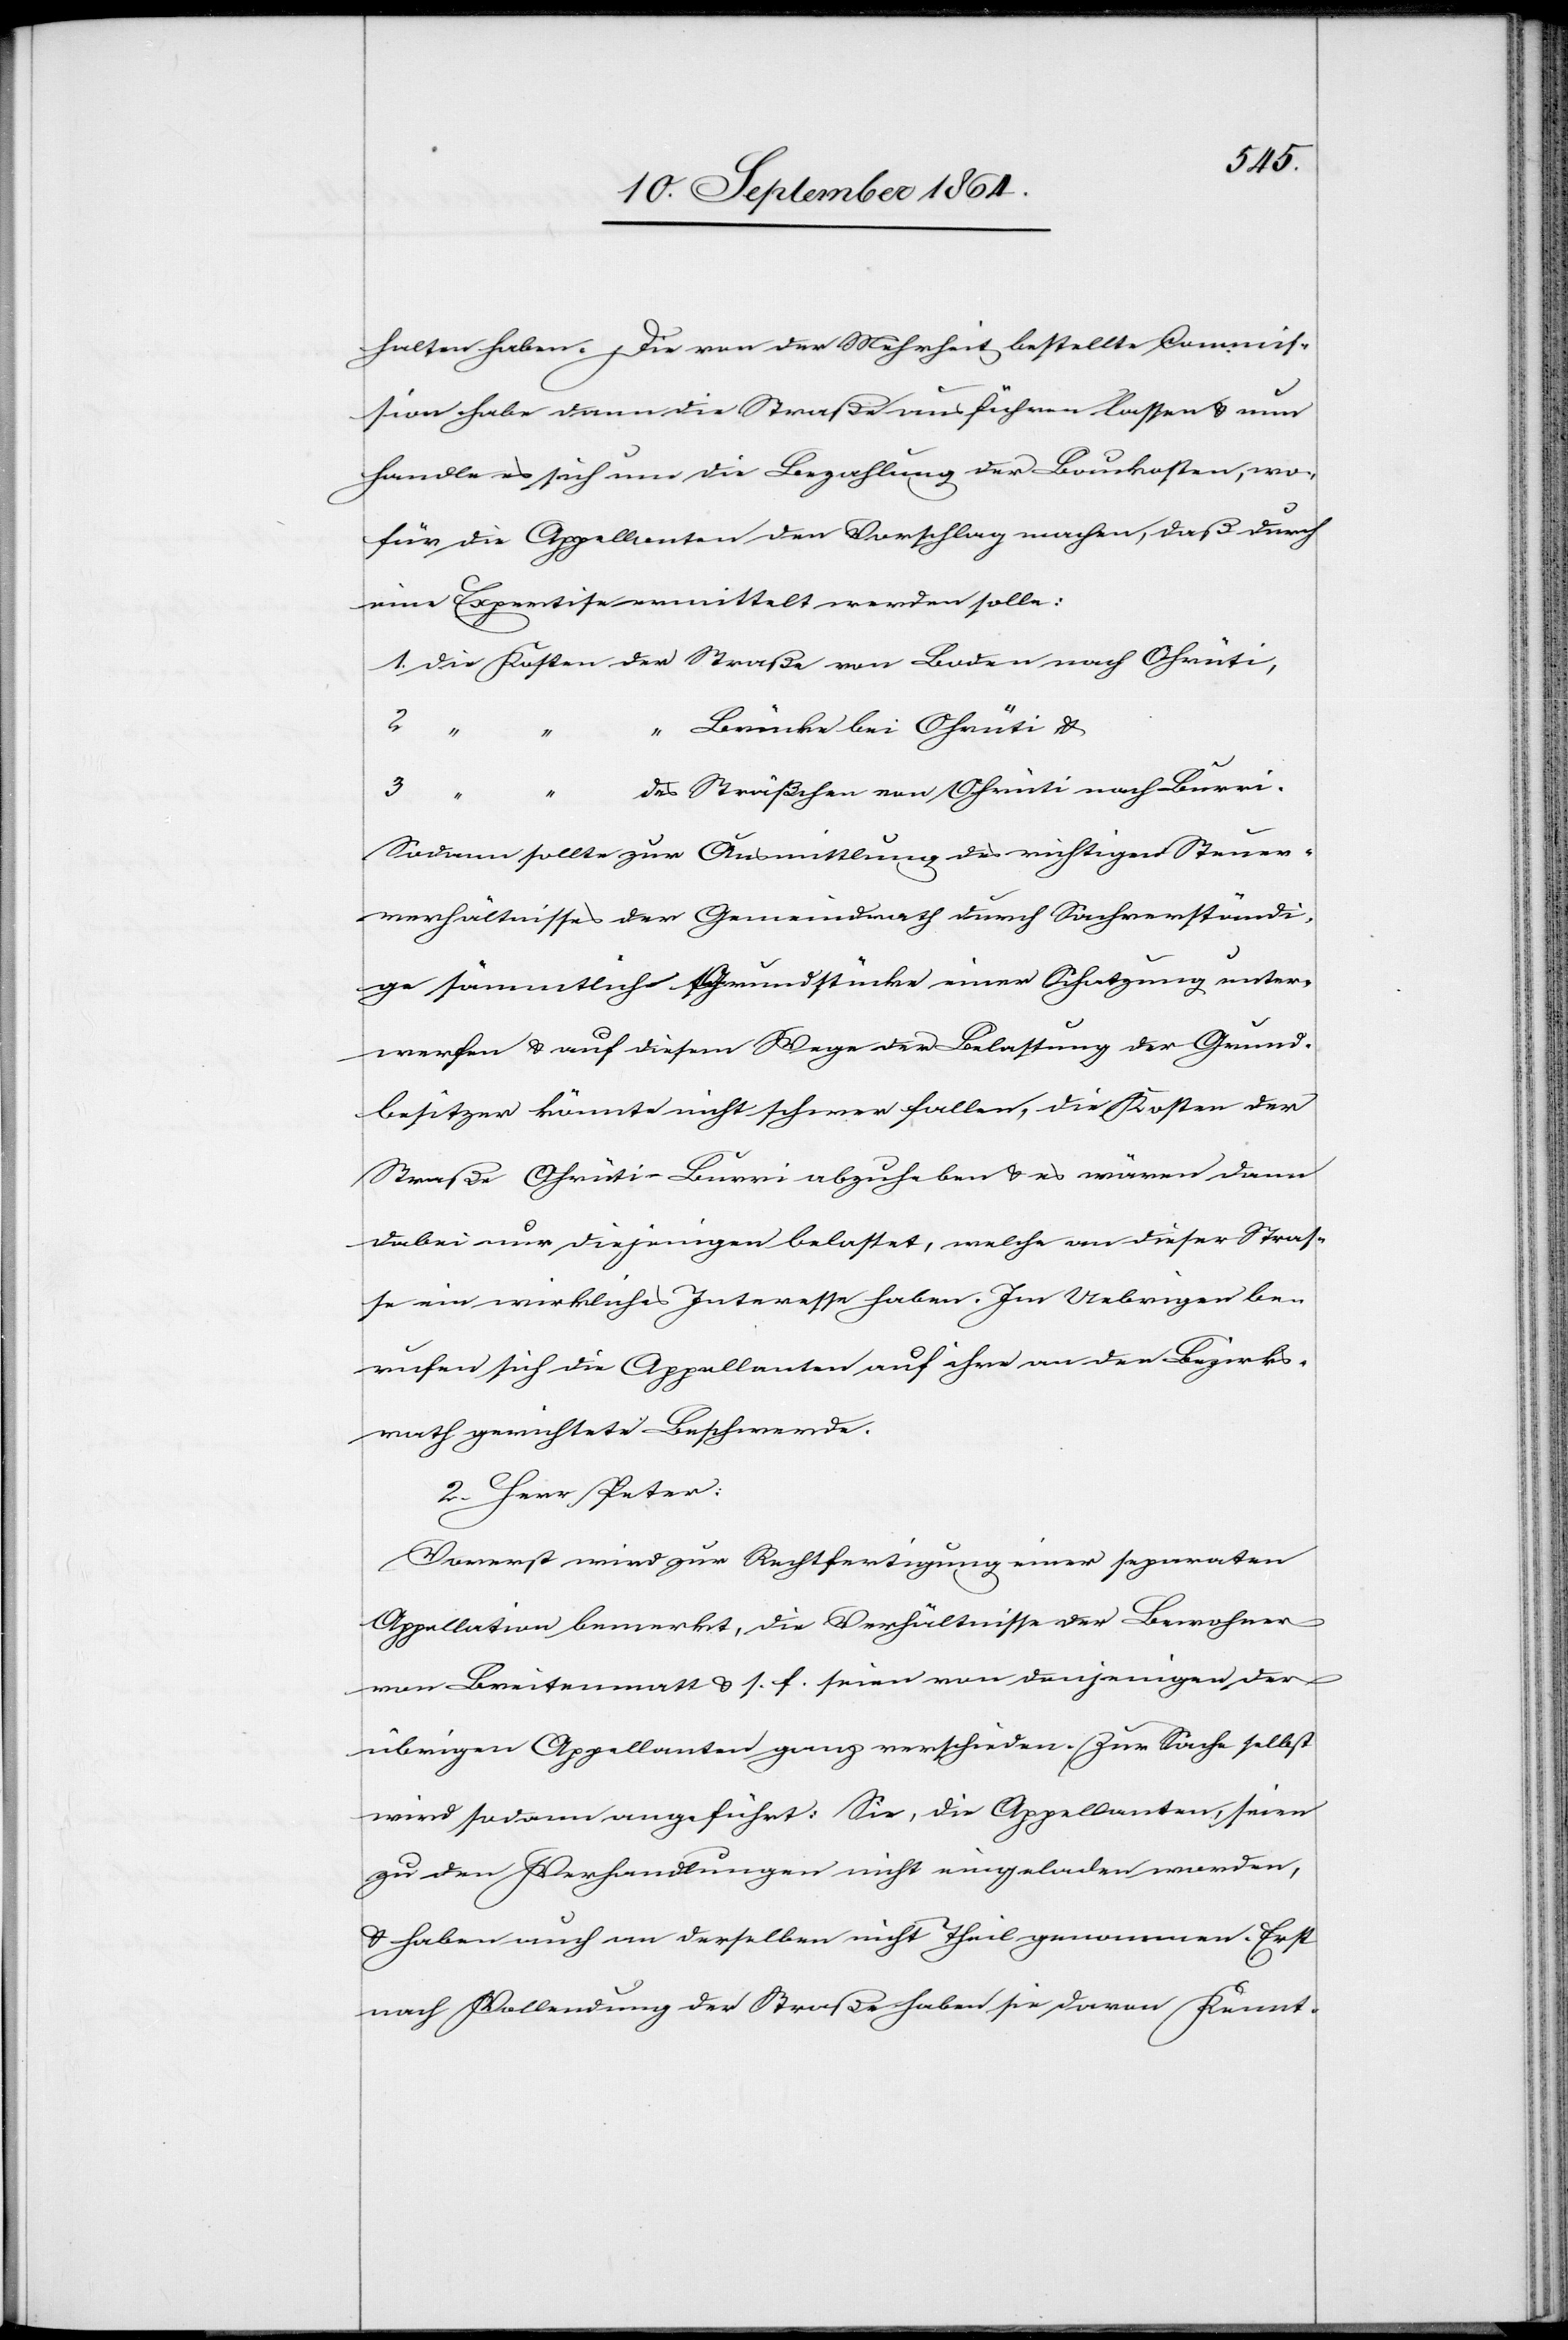
halten haben. Die von der Mehrheit bestellte Commis¬
sion habe dann die Straße ausführen lassen & nun
handle es sich um die Bezahlung der Baukosten, wo¬
für die Appellanten den Vorschlag machen, daß durch
eine Expertise ermittelt werden solle:
Brücke bei Ohrüti &
3.
“
Sträßchen von Ohrüti nach Burri.
Sodann sollte zur Ausmittlung des richtigen Steuer¬
verhältnisses der Gemeindrath durch Sachverständi¬
ge sämmtliche Grundstücke einer Schatzung unter¬
werfen & auf diesem Wege der Belastung der Grund¬
besitzer könnte nicht schwer fallen, die Kosten der
Straße Ohrüti–Burri abzuheben & es wären dann
dabei nur diejenigen belastet, welche an dieser Stras¬
se ein wirkliches Interesse haben. Im Uebrigen be¬
rufen sich die Appellanten auf ihre an den Bezirks¬
rath gerichtete Beschwerde.
2. Herr Peter:
Vorerst wird zur Rechtfertigung einer separaten
Appellation bemerkt, die Verhältnisse der Bewohner
von Breitenmatt & s. f. seien von denjenigen der
übrigen Appellanten ganz verschieden. Zur Sache selbst
wird sodann angeführt: Sie, die Appellanten, seinen
zu den Verhandlungen nicht eingeladen worden,
& haben auch an derselben [sic!] nicht Theil genommen. Erst
nach Vollendung der Straße haben sie davon Kennt-